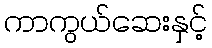
ကာကွယ်ဆေးနှင့်